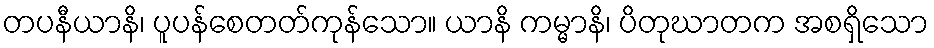
တပနီယာနိ၊ ပူပန်စေတတ်ကုန်သော။ ယာနိ ကမ္မာနိ၊ ပိတုဃာတက အစရှိသော